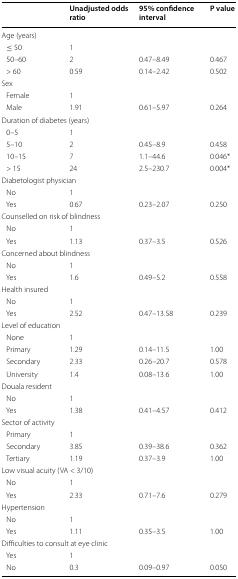
|  | Unadjusted odds ratio | 95% confidence interval | P value |
 | --- | --- | --- | --- |
 | <COLSPAN=4> Age (years) |
 | ≤ 50 | 1 |  |  |
 | 50–60 | 2 | 0.47–8.49 | 0.467 |
 | > 60 | 0.59 | 0.14–2.42 | 0.502 |
 | <COLSPAN=4> Sex |
 | Female | 1 |  |  |
 | Male | 1.91 | 0.61–5.97 | 0.264 |
 | <COLSPAN=4> Duration of diabetes (years) |
 | 0–5 | 1 |  |  |
 | 5–10 | 2 | 0.45–8.9 | 0.458 |
 | 10–15 | 7 | 1.1–44.6 | 0.046* |
 | > 15 | 24 | 2.5–230.7 | 0.004* |
 | <COLSPAN=4> Diabetologist physician |
 | No | 1 |  |  |
 | Yes | 0.67 | 0.23–2.07 | 0.250 |
 | <COLSPAN=4> Counselled on risk of blindness |
 | No | 1 |  |  |
 | Yes | 1.13 | 0.37–3.5 | 0.526 |
 | <COLSPAN=4> Concerned about blindness |
 | No | 1 |  |  |
 | Yes | 1.6 | 0.49–5.2 | 0.558 |
 | <COLSPAN=4> Health insured |
 | No | 1 |  |  |
 | Yes | 2.52 | 0.47–13.58 | 0.239 |
 | <COLSPAN=4> Level of education |
 | None | 1 |  |  |
 | Primary | 1.29 | 0.14–11.5 | 1.00 |
 | Secondary | 2.33 | 0.26–20.7 | 0.578 |
 | University | 1.4 | 0.08–13.6 | 1.00 |
 | <COLSPAN=4> Douala resident |
 | No | 1 |  |  |
 | Yes | 1.38 | 0.41–4.57 | 0.412 |
 | <COLSPAN=4> Sector of activity |
 | Primary | 1 |  |  |
 | Secondary | 3.85 | 0.39–38.6 | 0.362 |
 | Tertiary | 1.19 | 0.37–3.9 | 1.00 |
 | <COLSPAN=4> Low visual acuity (VA < 3/10) |
 | No | 1 |  |  |
 | Yes | 2.33 | 0.71–7.6 | 0.279 |
 | <COLSPAN=4> Hypertension |
 | No | 1 |  |  |
 | Yes | 1.11 | 0.35–3.5 | 1.00 |
 | <COLSPAN=4> Difficulties to consult at eye clinic |
 | Yes | 1 |  |  |
 | No | 0.3 | 0.09–0.97 | 0.050 |